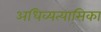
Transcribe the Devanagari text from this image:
अधिव्यत्यासिका